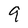
Character: 9